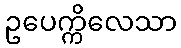
ဥပေက္ကိလေသာ